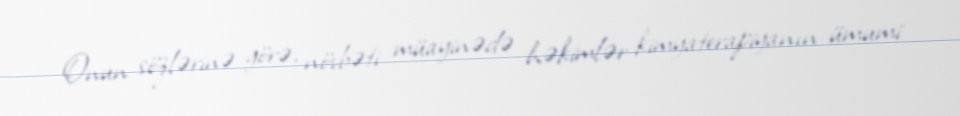
Onun sözlərinə görə, növbəti müayinədə həkimlər kimyaterapiyanın ümumi